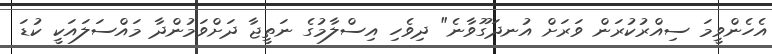
އެހެންވީމަ ސިއްރުކުރަން ވަރަށް އުނދަގޫވާނެ" ދިވެހި އިސްލާމުގެ ނަތީޖާ ދަށްވަމުންދާ މައްސަލައަކީ ކުޑަ